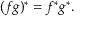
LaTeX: ( f g ) ^ { * } = f ^ { * } g ^ { * } .